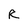
Character: R